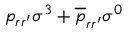
p _ { r r ^ { \prime } } \sigma ^ { 3 } + \overline { { p } } _ { r r ^ { \prime } } \sigma ^ { 0 }